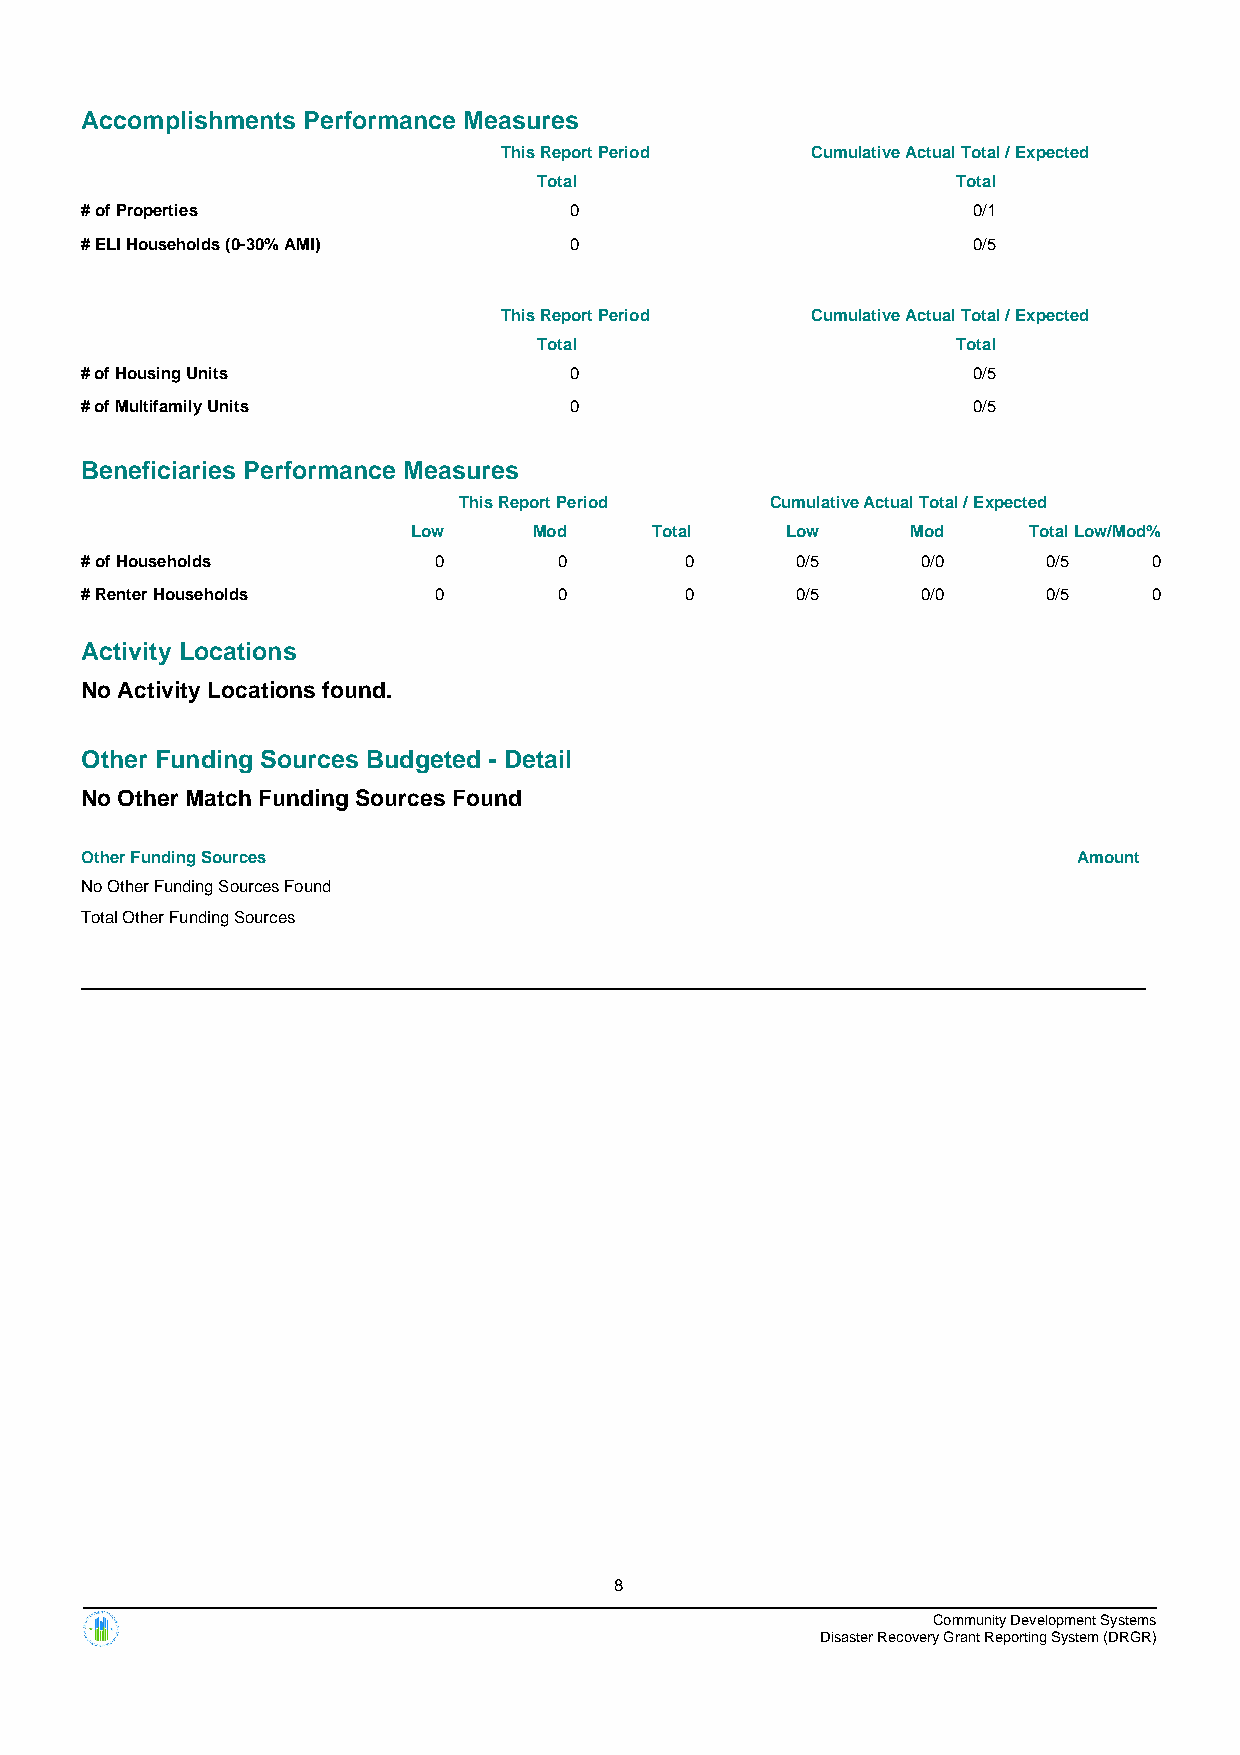
Accomplishments Performance Measures
 This Report Period   Cumulative Actual Total / Expected
 Total                      Total
 # of Properties                  0                         0/1
 # ELI Households (0-30% AMI)     0                         0/5
 This Report Period   Cumulative Actual Total / Expected
 Total                      Total
 # of Housing Units               0                         0/5
 # of Multifamily Units           0                         0/5
 Beneficiaries Performance Measures
 This Report Period   Cumulative Actual Total / Expected
 Low     Mod     Total    Low     Mod     TotalLow/Mod%
 # of Households         0       0       0       0/5     0/0     0/5    0
 # Renter Households     0       0       0       0/5     0/0     0/5    0
 Activity Locations
 No Activity Locations found.
 Other Funding Sources Budgeted - Detail
 No Other Match Funding Sources Found
 Other Funding Sources                                             Amount
 No Other Funding Sources Found
 Total Other Funding Sources
 8
 Community Development Systems
 Disaster Recovery Grant Reporting System (DRGR)